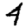
Digit: 4